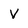
Character: V